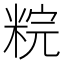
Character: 𥹳